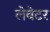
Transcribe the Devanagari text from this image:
लेवेटर